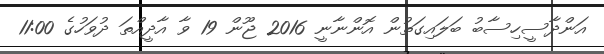
އަންދާސީހިސާބު ބަލައިގަތުން އޮންނާނީ 2016 ޖޫން 19 ވާ އާދީއްތަ ދުވަހުގެ 11:00